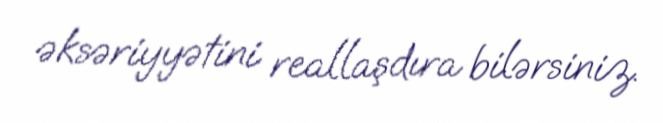
əksəriyyətini reallaşdıra bilərsiniz.